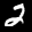
Label: 2